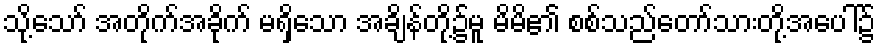
သို့သော် အတိုက်အခိုက် မရှိသော အချိန်တို့၌မူ မိမိ၏ စစ်သည်တော်သားတို့အပေါ်၌